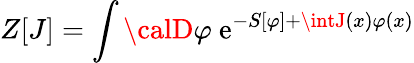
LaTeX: Z[J]=\int{\calD}\varphi\ \mathrm{e}^{-S[\varphi]+\intJ(x)\varphi(x)}